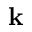
{ \bf k }